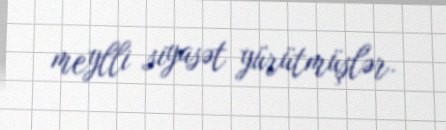
meylli siyasət yürütmüşlər.